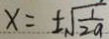
x = \pm \sqrt { \frac { 1 } { 2 a } }